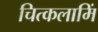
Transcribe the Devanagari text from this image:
चित्कलामिं